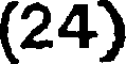
(24)